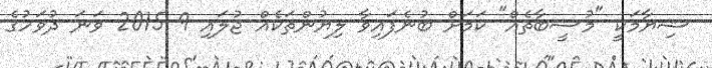
ޝިޔާމަކީ "މުސީބާތެއް" ކަމަށް ބުނެފައިވާ ލިޔުންތަކެއް ޖުލައި 9 2015 ވަނަ ދުވަހުގެ